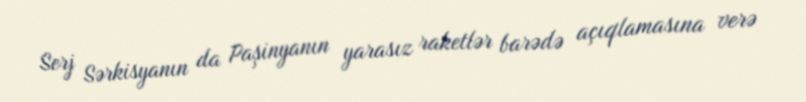
Serj Sərkisyanın da Paşinyanın yarasız raketlər barədə açıqlamasına verə